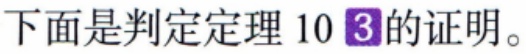
下面是判定定理 10 \textcircled{3}的证明。